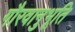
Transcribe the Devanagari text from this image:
गौरवानुभूति